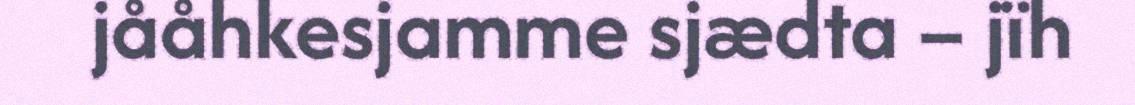
jååhkesjamme sjædta – jïh